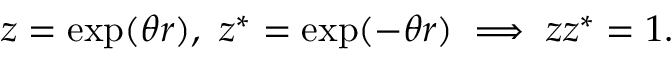
z = \exp ( \theta r ) , \ z ^ { * } = \exp ( - \theta r ) \implies z z ^ { * } = 1 .